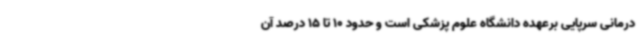
درمانی سرپایی برعهده دانشگاه علوم پزشکی است و حدود 10 تا 15 درصد آن